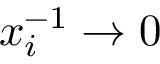
x _ { i } ^ { - 1 } \rightarrow 0